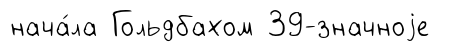
нача́ла Гольдбахом 39-значноjе